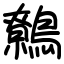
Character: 鷯